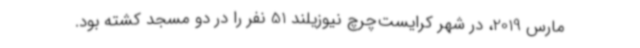
مارس 2019، در شهر کرایست‌چرچ نیوزیلند 51 نفر را در دو مسجد کشته بود.